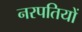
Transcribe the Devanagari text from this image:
नरपतियों